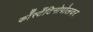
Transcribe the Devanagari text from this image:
काँस्टँटिनोपोलवर